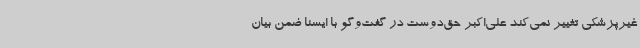
غیرپزشکی تغییر نمی‌کند علی‌اکبر حق‌دوست در گفت‌وگو با ایسنا ضمن بیان